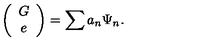
\left( \begin{array} { c } { G } \\ { e } \\ \end{array} \right) = \sum a _ { n } \Psi _ { n } . \nonumber